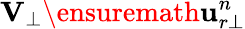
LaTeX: \mathbf{V}_{\bot}\ensuremath{\mathbf{u}}_{r\bot}^{n}